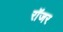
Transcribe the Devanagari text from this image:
राॅजर